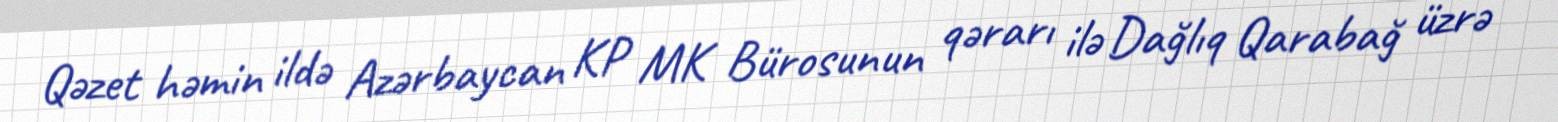
Qəzet həmin ildə Azərbaycan KP MK Bürosunun qərarı ilə Dağlıq Qarabağ üzrə